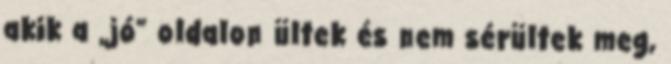
akik a „jó” oldalon ültek és nem sérültek meg,